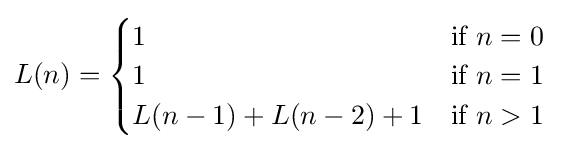
L(n)={\begin{cases}1&{\mbox{if }}n=0\\1&{\mbox{if }}n=1\\L(n-1)+L(n-2)+1&{\mbox{if }}n>1\\\end{cases}}